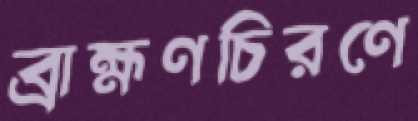
ব্রাহ্মণচিরণে